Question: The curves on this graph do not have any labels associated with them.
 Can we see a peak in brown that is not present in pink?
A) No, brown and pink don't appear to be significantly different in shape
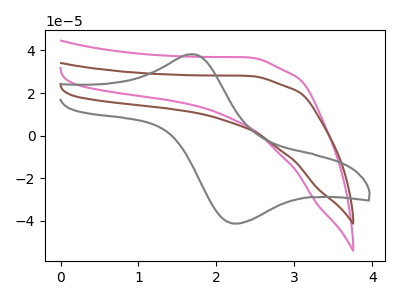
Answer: <think>The pink curve "pink" has no peaks. The brown curve "brown" has no peaks. The gray curve "gray" has an anodic peak at (1.70V, 38.25uA) and a cathodic peak at (2.30V, -41.20uA).
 Neither "brown" or "pink" have any peaks.</think>
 <answer>A) No, "brown" and "pink" don't appear to be significantly different in shape</answer>
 <eval>A</eval>